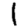
Digit: 1